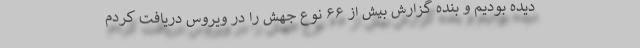
دیده بودیم و بنده گزارش بیش از ۶۶ نوع جهش را در ویروس دریافت کردم